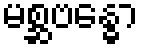
မစ္ဆဗန္ဓော